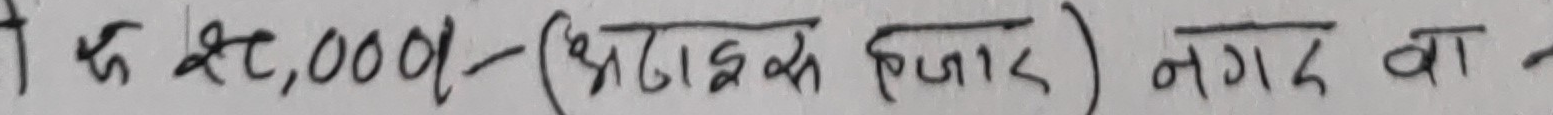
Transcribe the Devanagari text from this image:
रु 20,000/- (घटाड के आधार) नगद वा न